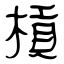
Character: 槓